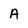
Character: A